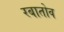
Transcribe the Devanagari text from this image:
रबातोव